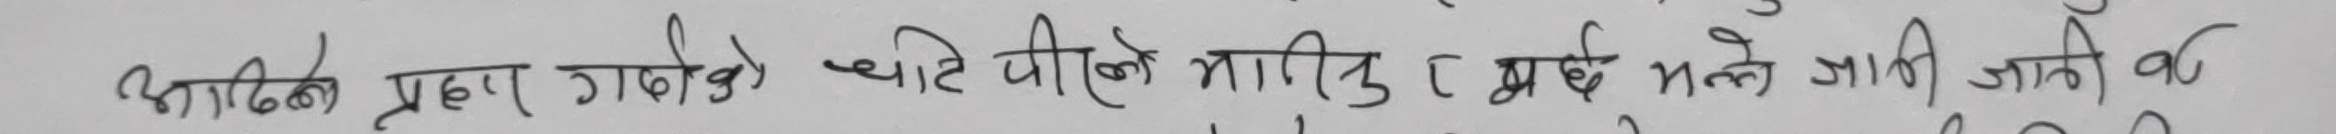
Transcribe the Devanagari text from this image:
आदिको प्रहार गर्दाखेरी चोट पीरले मारिन्छ भने जानी जानी के